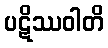
ပဋိဿဝါတိ